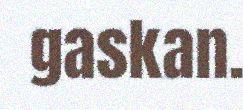
gaskan.